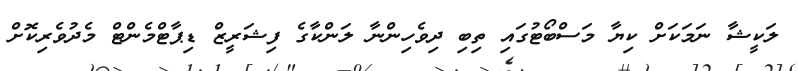
ލަކީޝާ ނަމަކަށް ކިޔާ މަސްބޯޓުގައި ތިބި ދިވެހިންނާ ލަންކާގެ ފިޝަރީޒް ޑިޕާޓްމެންޓް މެދުވެރިކޮށް